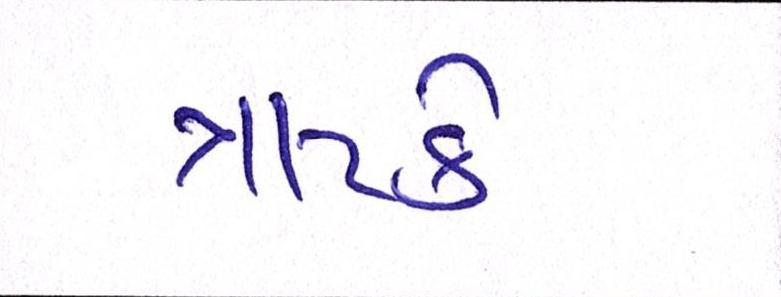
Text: ત્રાટકે